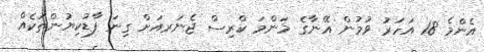
އެންމެ 18 އަހަރު ވުމުން އޭނާގެ މަންމަ ކްރިސް ޖެނަރއަށް ގިނަ ފާޑުކިޔުންތަކެއް